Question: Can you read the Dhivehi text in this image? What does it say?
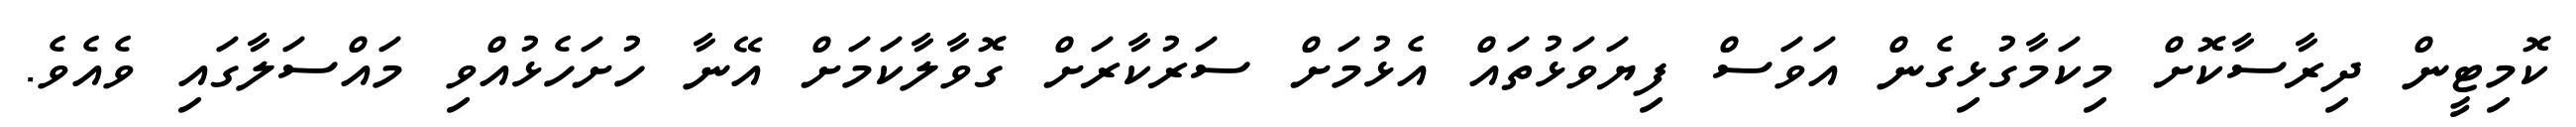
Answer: ކޮމިޓީން ދިރާސާކޮށް މިކަމާގުޅިގެން އަވަސް ފިޔަވަޅުތައް އެޅުމަށް ސަރުކާރަށް ގޮވާލާކަމަށް އޭނާ ހުށަހެޅުއްވި މައްސަލާގައި ވެއެވެ.